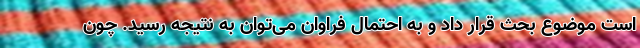
است موضوع بحث قرار داد و به احتمال فراوان می‌توان به نتیجه رسید. چون